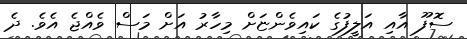
ސޮފޫ އާއި އަލީފުގެ ކައިވެންޏަށް މިހާރު އަށް މަސް ވެއްޖެ އެވެ. ދެ